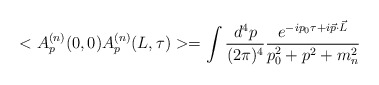
\begin{align*}<A_p^{(n)}(0,0)A_p^{(n)}(L,\tau)>=\int\frac{d^4p}{(2\pi)^4}\frac{e^{-ip_0\tau +i\vec p \cdot \vec L}}{p_0^2+p^2+m_n^2}\end{align*}